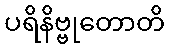
ပရိနိဗ္ဗုတောတိ